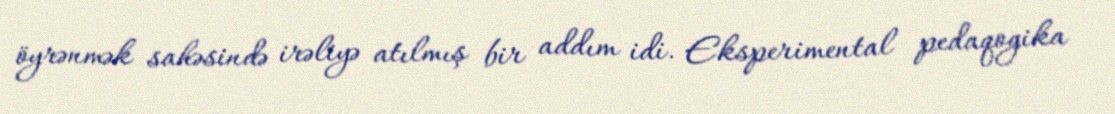
öyrənmək sahəsində irəliyə atılmış bir addım idi. Eksperimental pedaqogika